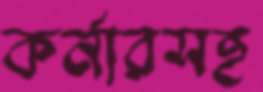
কর্নারসহ